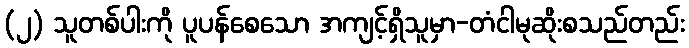
(၂) သူတစ်ပါးကို ပူပန်စေသော အကျင့်ရှိသူမှာ-တံငါမုဆိုးစသည်တည်း